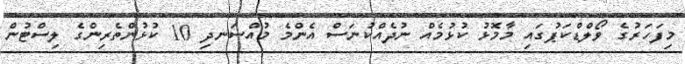
މިފަހަރުގެ ވޯލްޑްކަޕުގައި މާމޮޅު ކުޅުމެއް ނުދެއްކުނަސް އެންމެ މުއްސަނދި 10 ކުޅުންތެރިންގެ ލިސްޓުން